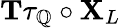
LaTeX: \mathbf{T}\tau_{\mathbb{Q}}\circ\mathbf{X}_{L}